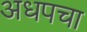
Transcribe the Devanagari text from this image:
अधपचा